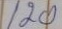
120